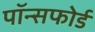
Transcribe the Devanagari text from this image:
पॉन्सफोर्ड